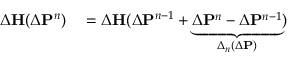
\begin{array} { r l } { \Delta { \bf H } ( \Delta { \bf P } ^ { n } ) } & { { } = \Delta { \bf H } ( \Delta { \bf P } ^ { n - 1 } + \underbrace { \Delta { \bf P } ^ { n } - \Delta { \bf P } ^ { n - 1 } } _ { \Delta _ { n } ( \Delta { \bf P } ) } ) } \end{array}